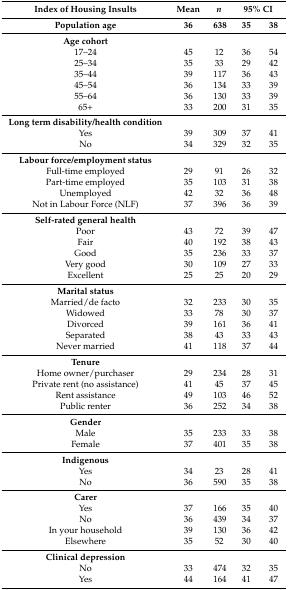
<table><thead><tr><td><b>Index of Housing Insults</b></td><td><b>Mean</b></td><td><b><i>n</i></b></td><td colspan="2"><b>95% CI</b></td></tr><tr><td><b>Population age</b></td><td><b>36</b></td><td><b>638</b></td><td><b>35</b></td><td><b>38</b></td></tr></thead><tbody><tr><td><b>Age cohort</b></td><td></td><td></td><td></td><td></td></tr><tr><td>17–24</td><td>45</td><td>12</td><td>36</td><td>54</td></tr><tr><td>25–34</td><td>35</td><td>33</td><td>29</td><td>42</td></tr><tr><td>35–44</td><td>39</td><td>117</td><td>36</td><td>43</td></tr><tr><td>45–54</td><td>36</td><td>134</td><td>33</td><td>39</td></tr><tr><td>55–64</td><td>36</td><td>130</td><td>33</td><td>39</td></tr><tr><td>65+</td><td>33</td><td>200</td><td>31</td><td>35</td></tr><tr><td><b>Long term disability/health condition</b></td><td></td><td></td><td></td><td></td></tr><tr><td>Yes</td><td>39</td><td>309</td><td>37</td><td>41</td></tr><tr><td>No</td><td>34</td><td>329</td><td>32</td><td>35</td></tr><tr><td><b>Labour force/employment status</b></td><td></td><td></td><td></td><td></td></tr><tr><td>Full-time employed</td><td>29</td><td>91</td><td>26</td><td>32</td></tr><tr><td>Part-time employed</td><td>35</td><td>103</td><td>31</td><td>38</td></tr><tr><td>Unemployed</td><td>42</td><td>32</td><td>36</td><td>48</td></tr><tr><td>Not in Labour Force (NLF)</td><td>37</td><td>396</td><td>36</td><td>39</td></tr><tr><td><b>Self-rated general health</b></td><td></td><td></td><td></td><td></td></tr><tr><td>Poor</td><td>43</td><td>72</td><td>39</td><td>47</td></tr><tr><td>Fair</td><td>40</td><td>192</td><td>38</td><td>43</td></tr><tr><td>Good</td><td>35</td><td>236</td><td>33</td><td>37</td></tr><tr><td>Very good</td><td>30</td><td>109</td><td>27</td><td>33</td></tr><tr><td>Excellent</td><td>25</td><td>25</td><td>20</td><td>29</td></tr><tr><td><b>Marital status</b></td><td></td><td></td><td></td><td></td></tr><tr><td>Married/de facto</td><td>32</td><td>233</td><td>30</td><td>35</td></tr><tr><td>Widowed</td><td>33</td><td>78</td><td>30</td><td>37</td></tr><tr><td>Divorced</td><td>39</td><td>161</td><td>36</td><td>41</td></tr><tr><td>Separated</td><td>38</td><td>43</td><td>33</td><td>43</td></tr><tr><td>Never married</td><td>41</td><td>118</td><td>37</td><td>44</td></tr><tr><td><b>Tenure</b></td><td></td><td></td><td></td><td></td></tr><tr><td>Home owner/purchaser</td><td>29</td><td>234</td><td>28</td><td>31</td></tr><tr><td>Private rent (no assistance)</td><td>41</td><td>45</td><td>37</td><td>45</td></tr><tr><td>Rent assistance</td><td>49</td><td>103</td><td>46</td><td>52</td></tr><tr><td>Public renter</td><td>36</td><td>252</td><td>34</td><td>38</td></tr><tr><td><b>Gender</b></td><td></td><td></td><td></td><td></td></tr><tr><td>Male</td><td>35</td><td>233</td><td>33</td><td>38</td></tr><tr><td>Female</td><td>37</td><td>401</td><td>35</td><td>38</td></tr><tr><td><b>Indigenous</b></td><td></td><td></td><td></td><td></td></tr><tr><td>Yes</td><td>34</td><td>23</td><td>28</td><td>41</td></tr><tr><td>No</td><td>36</td><td>590</td><td>35</td><td>38</td></tr><tr><td><b>Carer</b></td><td></td><td></td><td></td><td></td></tr><tr><td>Yes</td><td>37</td><td>166</td><td>35</td><td>40</td></tr><tr><td>No</td><td>36</td><td>439</td><td>34</td><td>37</td></tr><tr><td>In your household</td><td>39</td><td>130</td><td>36</td><td>42</td></tr><tr><td>Elsewhere</td><td>35</td><td>52</td><td>30</td><td>40</td></tr><tr><td><b>Clinical depression</b></td><td></td><td></td><td></td><td></td></tr><tr><td>No</td><td>33</td><td>474</td><td>32</td><td>35</td></tr><tr><td>Yes</td><td>44</td><td>164</td><td>41</td><td>47</td></tr></tbody></table>